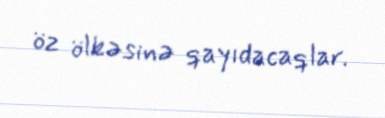
öz ölkəsinə qayıdacaqlar.